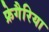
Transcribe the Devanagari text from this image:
फ्रेगैरिया